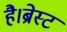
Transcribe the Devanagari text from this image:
है।ब्रेस्ट